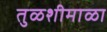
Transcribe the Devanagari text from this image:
तुळशीमाळा